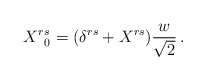
\begin{align*}X^{r}{}_{0}^{s}=(\delta ^{rs}+X^{rs})\frac{w}{\sqrt{2}}\,.\end{align*}